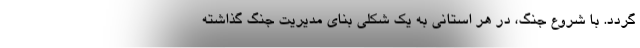
گردد. با شروع جنگ، در هر استانی به یک شکلی بنای مدیریت جنگ گذاشته